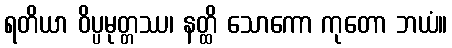
ရတိယာ ဝိပ္ပမုတ္တဿ၊ နတ္ထိ သောကော ကုတော ဘယံ။